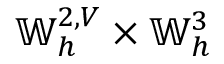
\mathbb { W } _ { h } ^ { 2 , V } \times \mathbb { W } _ { h } ^ { 3 }